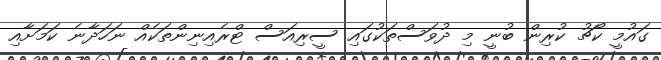
ގައުމީ ކޯޗު ކުރިން ބުނީ މި ދުވަސްތަކުގައި ސީރިއަސް ޓްރެއިނިންތަކެއް ނަހަދާނެ ކަމަށާއި